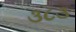
૩૮૩